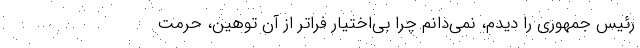
رئیس جمهوری را دیدم،‌ نمی‌دانم چرا بی‌اختیار فراتر از آن توهین، حرمت‌